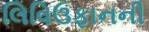
લિવિઉફાનની